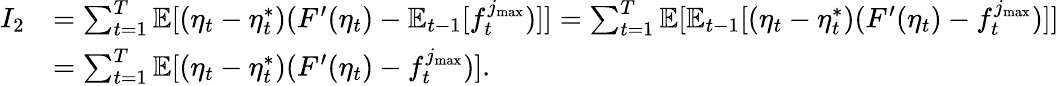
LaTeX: \begin{array}{rl}{I_{2}}&{=\sum_{t=1}^{T}\mathbb{E}[(\eta_{t}-\eta_{t}^{*})(F^{\prime}(\eta_{t})-\mathbb{E}_{t-1}[f_{t}^{j_{\operatorname*{max}}})]]=\sum_{t=1}^{T}\mathbb{E}[\mathbb{E}_{t-1}[(\eta_{t}-\eta_{t}^{*})(F^{\prime}(\eta_{t})-f_{t}^{j_{\operatorname*{max}}})]]}\\ &{=\sum_{t=1}^{T}\mathbb{E}[(\eta_{t}-\eta_{t}^{*})(F^{\prime}(\eta_{t})-f_{t}^{j_{\operatorname*{max}}})].}\end{array}